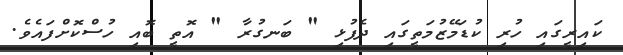
ކައިރީގައި ހުރި ކުޑަމޭޒުމަތީގައި ދެފުޅި " ބަނގުރާ " އޮތީ ބޮއި ހުސްކޮށްފައެވެ.